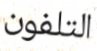
التلفون